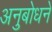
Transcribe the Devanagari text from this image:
अनुबोधने